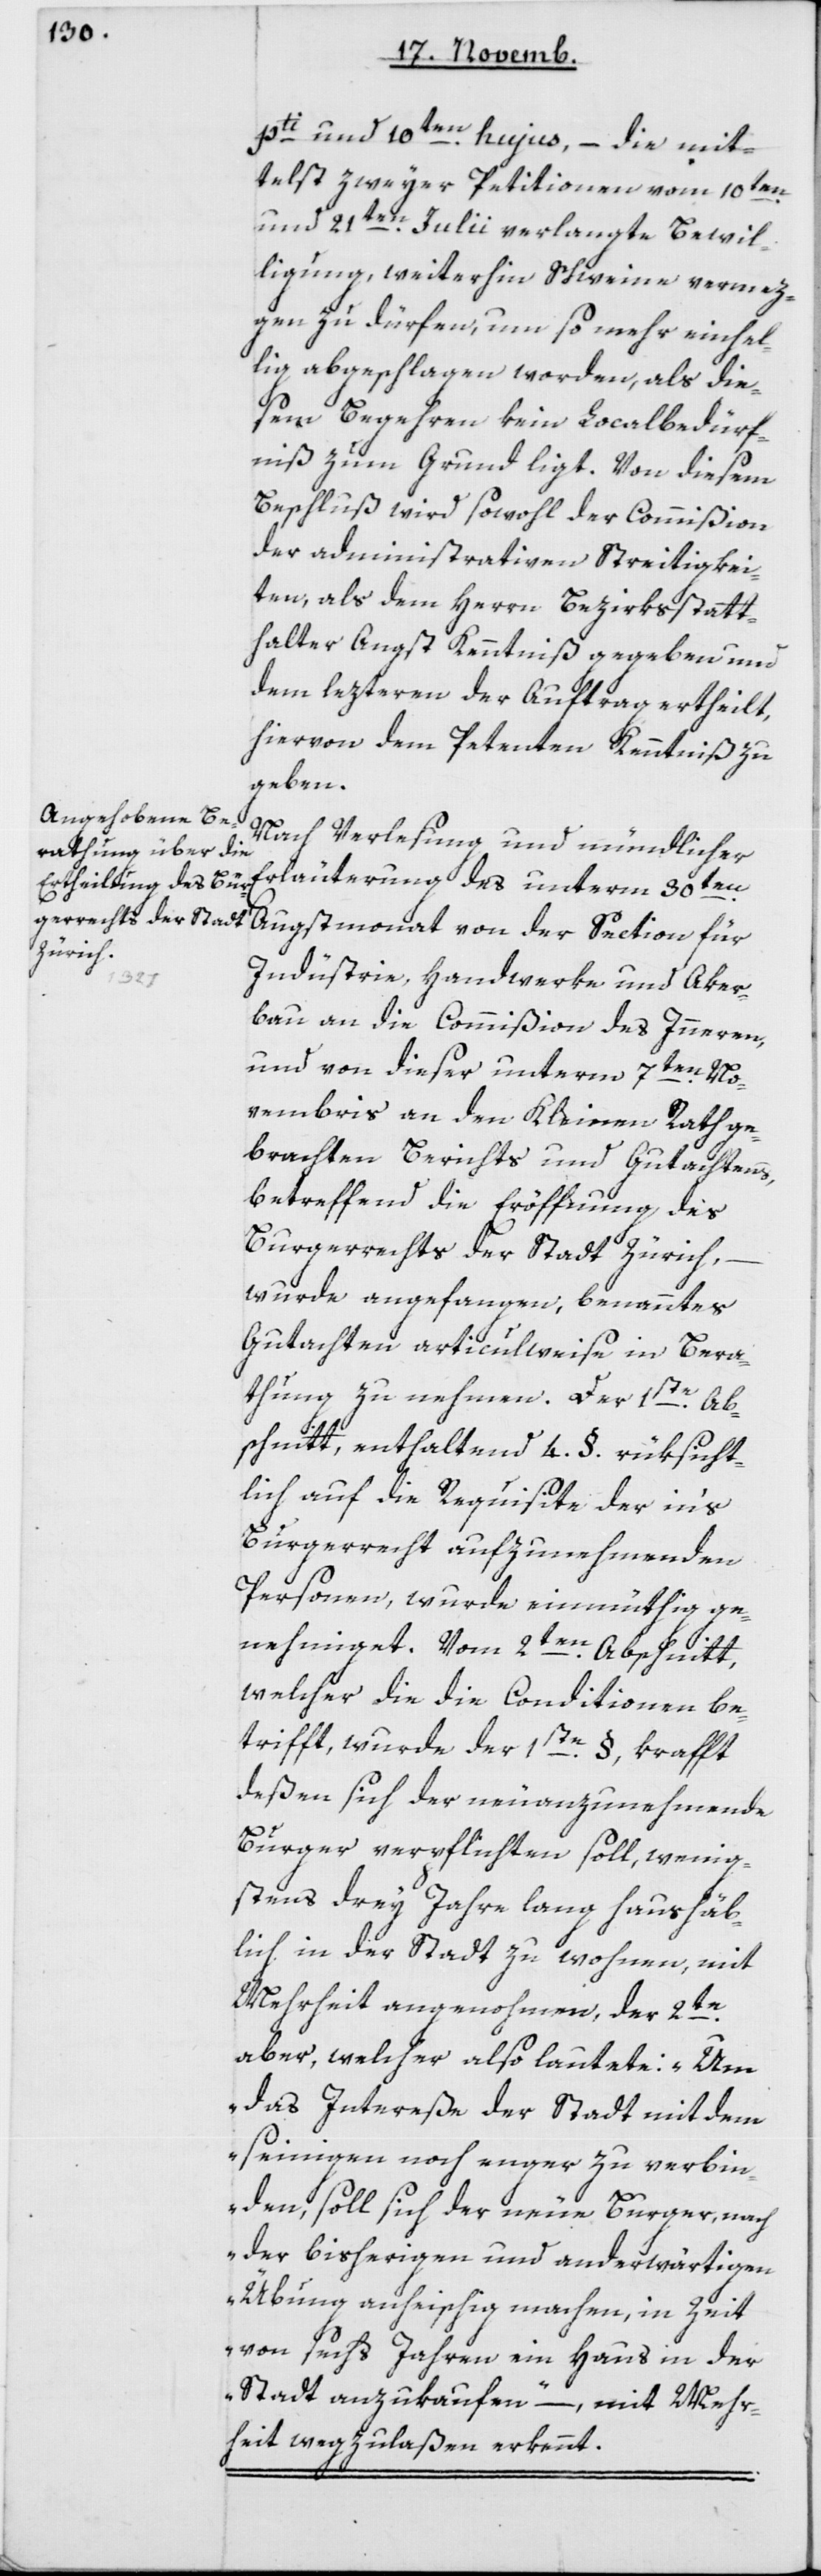
pti und 10ten hujus, – die mit¬
telst zweier Petitionen vom 10ten
und 21ten Julii verlangte Bewil¬
ligung, weiterhin Schweine vermez¬
gen zu dürfen, um so mehr einhel¬
lig abgeschlagen worden, als die¬
sem Begehren kein Localbedürf¬
niß zum Grund ligt. Von diesem
Beschluß wird sowohl der Commißion
der administrativen Streitigkei¬
ten, als dem Herrn Bezirksstatt¬
halter Angst Kenntniß gegeben und
dem lezteren der Auftrag ertheilt,
hievon dem Petenten Kenntniß zu
geben.
Nach Verlesung und mündlicher
Erläuterung des unterm 30ten
Augstmonat von der Section für
Industrie, Handwerke und Aker¬
bau an die Commißion des Innern,
und von dieser unterm 7ten No¬
vembris an den Kleinen Rath ge¬
brachten Berichts und Gutachtens,
betreffend die Eröffnung des
Burgerrechts der Stadt Zürich,
wurde angefangen, benanntes
Gutachten articulweise in Bera¬
thung zu nehmen. Der 1ste Ab¬
schnitt, enthaltend 4 § rüksicht¬
lich auf die Requisite der in’s
Burgerrecht aufzunehmenden
Personen, wurde einmüthig ge¬
nehmiget. Vom 2ten Abschnitt,
welcher die Conditionen be¬
trifft, wurde der 1ste §, krafft
deßen sich der neu anzunehmende
Burger verpflichten soll, wenig¬
stens drey Jahre lang haushäb¬
lich in der Stadt zu wohnen, mit
Mehrheit angenohmen, der 2te
aber, welcher also lautete: „Um
das Intereße der Stadt mit dem
seinigen noch enger zu verbin¬
den, soll sich der neue Burger, nach
der bisherigen und anderwärtigen
Übung anheischig machen, in Zeit
von sechs Jahren ein Haus in der
Stadt anzukaufen“ – mit Mehr¬
heit wegzulaßen erkennt.